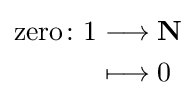
{\begin{aligned}\operatorname {zero} \colon 1&\longrightarrow \mathbf {N} \\*&\longmapsto 0\end{aligned}}